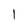
Character: 1